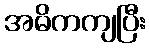
အဓိကကျပြီး